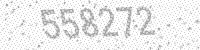
Solution: 558272